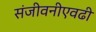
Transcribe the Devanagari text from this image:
संजीवनीएवढी